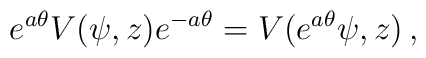
e^{a\theta}V(\psi,z)e^{-a\theta}=V(e^{a\theta}\psi,z)\,,